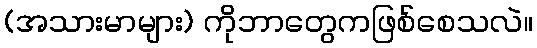
(အသားမာများ) ကိုဘာတွေကဖြစ်စေသလဲ။